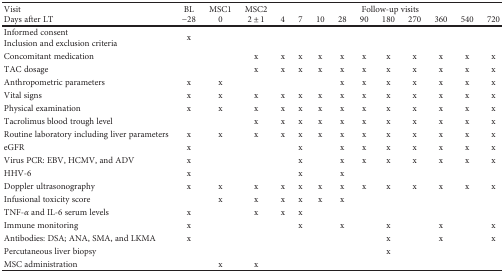
<table><thead><tr><td><b>Visit</b></td><td><b>BL</b></td><td><b>MSC1</b></td><td><b>MSC2</b></td><td colspan="10"><b>Follow-up visits</b></td></tr><tr><td><b>Days after LT</b></td><td><b>−28</b></td><td><b>0</b></td><td><b>2 ± 1</b></td><td><b>4</b></td><td><b>7</b></td><td><b>10</b></td><td><b>28</b></td><td><b>90</b></td><td><b>180</b></td><td><b>270</b></td><td><b>360</b></td><td><b>540</b></td><td><b>720</b></td></tr></thead><tbody><tr><td>Informed consentInclusion and exclusion criteria</td><td>x</td><td> </td><td> </td><td> </td><td> </td><td> </td><td> </td><td> </td><td> </td><td> </td><td> </td><td> </td><td> </td></tr><tr><td>Concomitant medication</td><td> </td><td> </td><td>x</td><td>x</td><td>x</td><td>x</td><td>x</td><td>x</td><td>x</td><td>x</td><td>x</td><td>x</td><td>x</td></tr><tr><td>TAC dosage</td><td> </td><td> </td><td>x</td><td>x</td><td>x</td><td>x</td><td>x</td><td>x</td><td>x</td><td>x</td><td>x</td><td>x</td><td>x</td></tr><tr><td>Anthropometric parameters</td><td>x</td><td>x</td><td></td><td></td><td></td><td></td><td>x</td><td>x</td><td>x</td><td>x</td><td>x</td><td>x</td><td>x</td></tr><tr><td>Vital signs</td><td>x</td><td>x</td><td>x</td><td>x</td><td>x</td><td>x</td><td>x</td><td>x</td><td>x</td><td>x</td><td>x</td><td>x</td><td>x</td></tr><tr><td>Physical examination</td><td>x</td><td>x</td><td>x</td><td>x</td><td>x</td><td>x</td><td>x</td><td>x</td><td>x</td><td>x</td><td>x</td><td>x</td><td>x</td></tr><tr><td>Tacrolimus blood trough level</td><td></td><td></td><td>x</td><td>x</td><td>x</td><td>x</td><td>x</td><td>x</td><td>x</td><td>x</td><td>x</td><td>x</td><td>x</td></tr><tr><td>Routine laboratory including liver parameters</td><td>x</td><td>x</td><td>x</td><td>x</td><td>x</td><td>x</td><td>x</td><td>x</td><td>x</td><td>x</td><td>x</td><td>x</td><td>x</td></tr><tr><td>eGFR</td><td>x</td><td> </td><td> </td><td> </td><td>x</td><td></td><td>x</td><td>x</td><td>x</td><td>x</td><td>x</td><td>x</td><td>x</td></tr><tr><td>Virus PCR: EBV, HCMV, and ADV</td><td>x</td><td> </td><td> </td><td></td><td>x</td><td></td><td>x</td><td>x</td><td>x</td><td>x</td><td>x</td><td>x</td><td>x</td></tr><tr><td>HHV-6</td><td>x</td><td> </td><td> </td><td></td><td>x</td><td></td><td>x</td><td> </td><td> </td><td> </td><td> </td><td> </td><td> </td></tr><tr><td>Doppler ultrasonography</td><td>x</td><td>x</td><td>x</td><td>x</td><td>x</td><td>x</td><td>x</td><td>x</td><td>x</td><td>x</td><td>x</td><td>x</td><td>x</td></tr><tr><td>Infusional toxicity score</td><td></td><td>x</td><td>x</td><td>x</td><td>x</td><td>x</td><td>x</td><td> </td><td> </td><td> </td><td> </td><td> </td><td> </td></tr><tr><td>TNF-<i>α</i> and IL-6 serum levels</td><td>x</td><td></td><td>x</td><td>x</td><td>x</td><td> </td><td> </td><td> </td><td> </td><td> </td><td> </td><td> </td><td> </td></tr><tr><td>Immune monitoring</td><td>x</td><td> </td><td> </td><td> </td><td>x</td><td></td><td>x</td><td></td><td>x</td><td></td><td>x</td><td></td><td>x</td></tr><tr><td>Antibodies: DSA; ANA, SMA, and LKMA</td><td>x</td><td> </td><td> </td><td> </td><td> </td><td> </td><td> </td><td> </td><td>x</td><td></td><td>x</td><td></td><td>x</td></tr><tr><td>Percutaneous liver biopsy</td><td> </td><td> </td><td> </td><td> </td><td> </td><td> </td><td> </td><td> </td><td>x</td><td> </td><td> </td><td> </td><td> </td></tr><tr><td>MSC administration</td><td></td><td>x</td><td>x</td><td> </td><td> </td><td> </td><td> </td><td> </td><td> </td><td> </td><td> </td><td> </td><td> </td></tr></tbody></table>